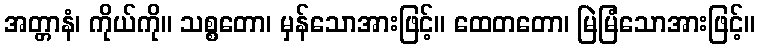
အတ္တာနံ၊ ကိုယ်ကို။ သစ္စတော၊ မှန်သောအားဖြင့်။ ထေတတော၊ မြဲမြံသောအားဖြင့်။